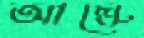
আস্কে